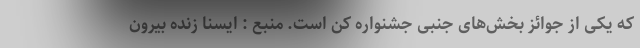
که یکی از جوائز بخش‌های جنبی جشنواره کن است. منبع : ایسنا زنده بیرون